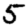
Digit: 5